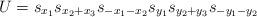
LaTeX: \begin{align*}U = s_{x_1} s_{x_2+x_3} s_{-x_1-x_2} s_{y_1}s_{y_2+y_3} s_{-y_1 - y_2}\end{align*}